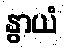
နွာယံ